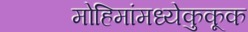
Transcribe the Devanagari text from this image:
मोहिमांमध्येकुकूक